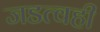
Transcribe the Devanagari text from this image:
जडत्वही